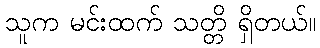
သူက မင်းထက် သတ္တိ ရှိတယ်။